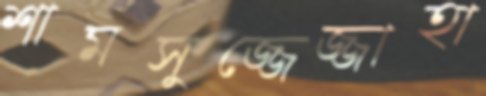
শামসুজ্জেজ্জাহা